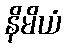
နိမိယံ